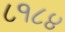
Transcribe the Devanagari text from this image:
८१८४